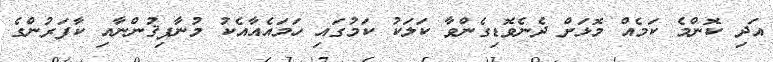
އަދި ކޮންމެ ކަމެއް މޮޅަށް ދެނެވޮޑިގެންވާ ކަލަކު ކަމުގައި ހަމައެއާއެކު މުނާފިޤުންނާއި ކާފަރުންގެ